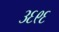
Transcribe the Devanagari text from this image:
३६९६